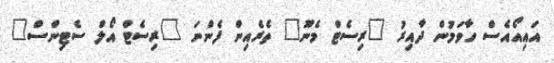
އައިއޯއެސް ހާވަމުން ދާއިރު "ރިސެޓް މެނޫ" ތެރެއިން ފެންނަ "ރިސެޓް އޯލް ސެޓިންސް"